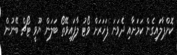
ކޮށްޕާލައިގެން ކަމަށާއި ދެވަނަ ފަހަރަށް ވޯޓު ލާފައިވޭތޯ ބަލަން ޔޫވީ ޓޯޗް ބޭނުން